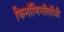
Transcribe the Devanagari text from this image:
फिनॉमिनॉलॉजी